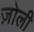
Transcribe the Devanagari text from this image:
ज़ोली